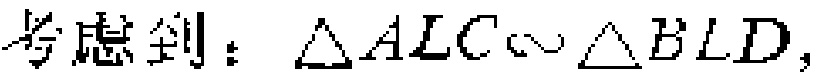
考虑到：$\triangle ALC\sim \triangle BLD,$